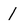
Character: l